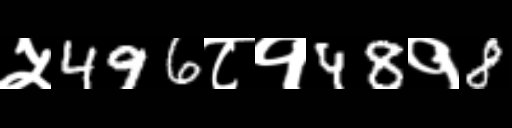
Text: ५496८१48१8